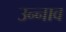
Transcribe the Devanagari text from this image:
उन्‍नाव